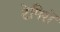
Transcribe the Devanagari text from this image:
टेपिरों